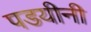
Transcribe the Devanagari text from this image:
पडयीनी